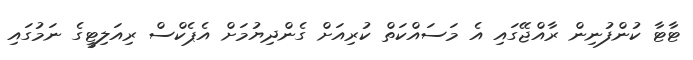
ޓާޓާ ކުންފުނިން ރާއްޖޭގައި އެ މަސައްކަތް ކުރިއަށް ގެންދިޔުމަށް އެޕެކްސް ރިއަލިޓީގެ ނަމުގައި